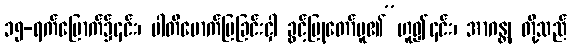
၁၅-ရက်မြောက်၌၎င်း၊ ပါတိမောက်ပြခြင်းငှါ ခွင့်ပြုတော်မူ၏”ဟူ၍၎င်း၊ အာဂန္တု တို့သည်